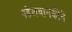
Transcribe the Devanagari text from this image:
पहेलवानकीने